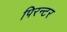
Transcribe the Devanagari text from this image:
पिरन्टर